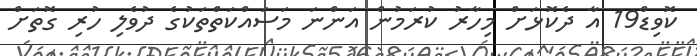
ކޮވިޑް19 އާ ދެކޮޅަށް މިހާރު ކުރަމުން އަންނަ މަސައްކަތްތަކުގެ ދުވެލި ހުރި ގޮތަށް